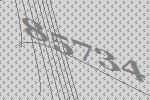
85734